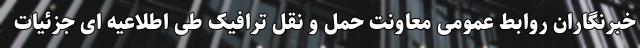
خبرنگاران روابط عمومی معاونت حمل و نقل ترافیک طی اطلاعیه ای جزئیات